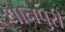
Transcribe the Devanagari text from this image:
धोनपुरी